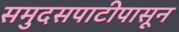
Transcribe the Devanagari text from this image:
समुदसपाटीपासून